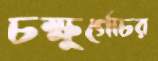
চক্ষুর্গোচর